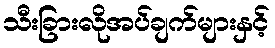
သီးခြားလိုအပ်ချက်များနှင့်